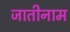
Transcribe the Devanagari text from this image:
जातीनाम